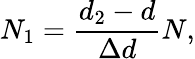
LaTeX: N_{1}=\frac{d_{2}-d}{\Delta d}N,